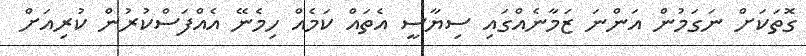
ގޮތަކަށް ނަގަމުން އަންނަ ޒަމާނެއްގައި ސިޔާސީ އެތައް ކަމެއް ހިމެނޭ އެއްފަސްކުރުން ކުރިއަށް